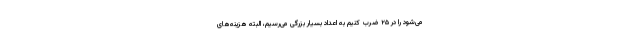
می‌شود را در ۲۵ ضرب کنیم به اعداد بسیار بزرگی می‌رسیم، البته هزینه‌های